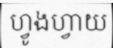
ហ្វូងហ្វាយ